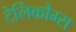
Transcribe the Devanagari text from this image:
टेलिकौम्स